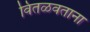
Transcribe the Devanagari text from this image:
वितळवताना